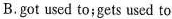
B.got used to;gets used to